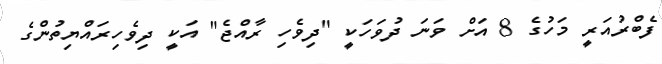
ފެބްރުއަރީ މަހުގެ 8 އަށް ވަނަ ދުވަހަކީ "ދިވެހި ރާއްޖެ" އަކީ ދިވެހިރައްޔިތުންގެ